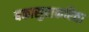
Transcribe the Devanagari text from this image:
बकासुराकरिता